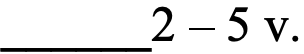
______2 – 5 v.